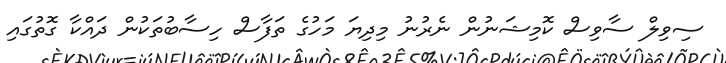
ސިވިލް ސާވިސް ކޮމިޝަނުން ނެރުނު މިދިޔަ މަހުގެ ތަފާސް ހިސާބުތަކުން ދައްކާ ގޮތުގައި